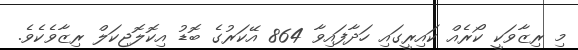
މި ރިޒާވަކީ ކޯރެއް ކައިރީގައި ހަދާފައިވާ 864 އޭކަރުގެ ބޮޑު އިކޮލޮޖިކަލް ރިޒާވެކެވެ.